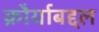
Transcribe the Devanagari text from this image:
क्रौर्याबद्दल